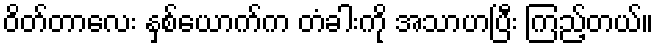
ဝိတ်တာလေး နှစ်ယောက်က တံခါးကို အသာဟပြီး ကြည့်တယ်။